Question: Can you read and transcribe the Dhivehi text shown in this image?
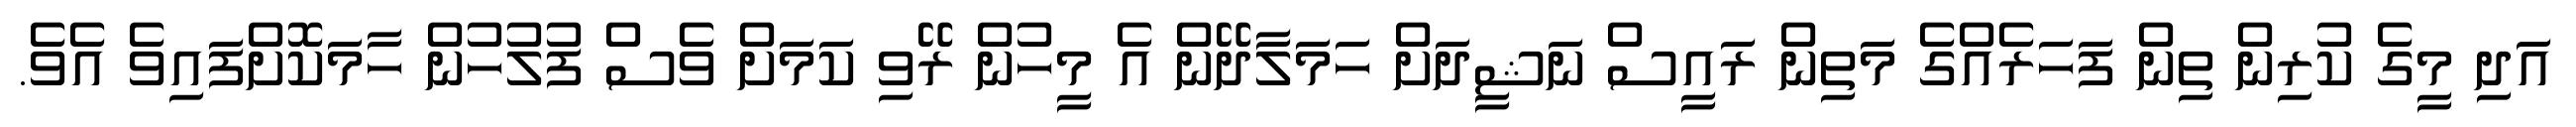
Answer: އަދި މީގެ ކުރިން ތިން ފަހަރެއްގެ މަތިން ރައީސް ނަޝީދަށް ހަމަލާދޭން އެ މީހުން ރޭވި ކަމަށް ވެސް ފުލުހުން ހާމަކޮށްފައިވެ އެވެ.